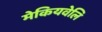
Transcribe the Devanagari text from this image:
मेकियवेलि